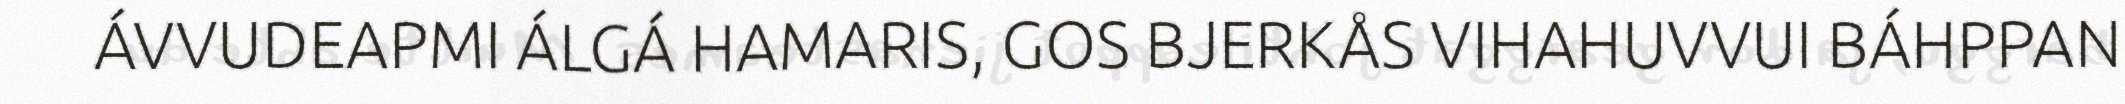
ÁVVUDEAPMI ÁLGÁ HAMARIS, GOS BJERKÅS VIHAHUVVUI BÁHPPAN